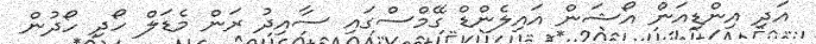
އަދި އިންޑިއަން އޯޝަން އައިލެންޑް ގޭމްސްގައި ސާއިދު ރަން މެޑަލް ހޯދި ހޯދުން